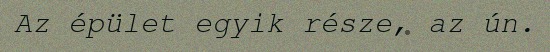
Az épület egyik része, az ún.